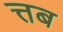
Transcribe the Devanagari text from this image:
त्तब